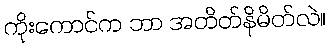
ကိုးကောင်က ဘာ အတိတ်နိမိတ်လဲ။